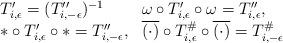
LaTeX: \begin{align*}\begin{array}{ll}T'_{i, \epsilon}=(T''_{i, -\epsilon})^{-1} & \omega\circ T'_{i, \epsilon}\circ \omega=T''_{i, \epsilon},\\\ast\circ T'_{i, \epsilon}\circ \ast=T''_{i, -\epsilon},& \overline{(\cdot )}\circ T^{\#}_{i, \epsilon}\circ\overline{(\cdot )}=T^{\#}_{i, -\epsilon} \end{array}\end{align*}